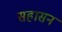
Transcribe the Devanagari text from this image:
सहासन